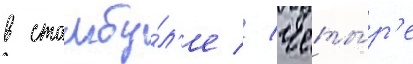
в стамбу́л'е // Четы́р'е